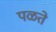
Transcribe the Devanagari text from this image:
पळते